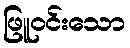
ဖြူဝင်းသော